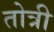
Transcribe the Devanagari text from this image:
तोत्री